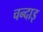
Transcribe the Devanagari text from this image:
चन्दाइ